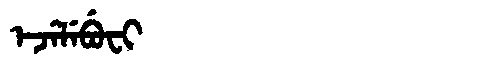
Manchu: ᡝᠵᡝᠯᡝᠪᡠᠸᡳ
Romanization: EJELEBUFI